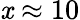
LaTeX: \mathit{x}\approx10